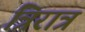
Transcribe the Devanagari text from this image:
त्रिरात्र